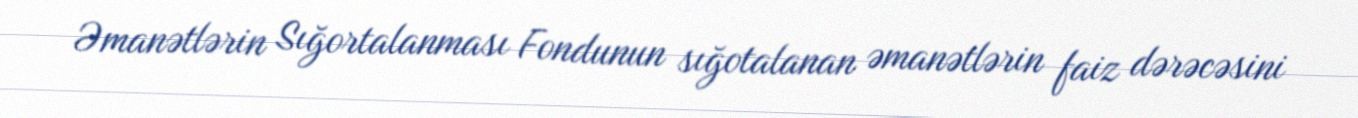
Əmanətlərin Sığortalanması Fondunun sığotalanan əmanətlərin faiz dərəcəsini